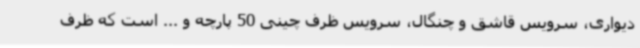
دیواری، سرویس قاشق و چنگال، سرویس ظرف چینی 50 پارچه و ... است که ظرف